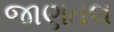
જાણતલ